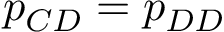
p _ { C D } = p _ { D D }